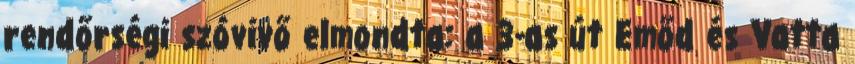
rendőrségi szóvivő elmondta: a 3-as út Emőd és Vatta